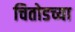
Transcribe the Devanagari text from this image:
चितोडच्या